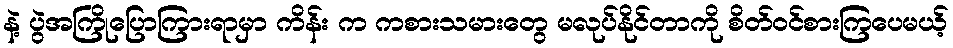
နဲ့ ပွဲအကြိုပြောကြားရာမှာ ကိန်း က ကစားသမားတွေ မလုပ်နိုင်တာကို စိတ်ဝင်စားကြပေမယ့်